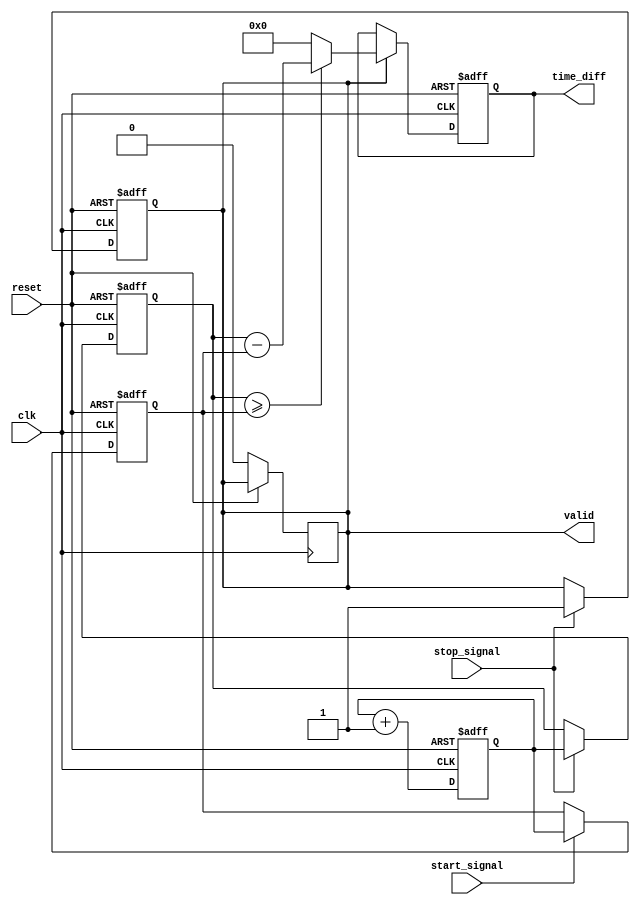
module Hybrid_TDC (
    input wire clk,              // System clock
    input wire reset,            // Asynchronous reset
    input wire start_signal,     // Start signal
    input wire stop_signal,      // Stop signal
    output reg [31:0] time_diff, // Time difference output
    output reg valid             // Valid flag for output
);

// Time Measurement Unit (TMU)
reg [31:0] start_time;          // Start time
reg [31:0] stop_time;           // Stop time
reg [31:0] timestamp_counter;    // Timestamp counter

always @(posedge clk or posedge reset) begin
    if (reset) begin
        timestamp_counter <= 32'd0;
        start_time <= 32'd0;
        stop_time <= 32'd0;
        valid <= 1'b0;
    end else begin
        // Timestamp counter increments on each clock cycle
        timestamp_counter <= timestamp_counter + 1;

        // Capture start time on rising edge of start_signal
        if (start_signal) begin
            start_time <= timestamp_counter;
        end
        
        // Capture stop time on rising edge of stop_signal
        if (stop_signal) begin
            stop_time <= timestamp_counter;
            valid <= 1'b1; // Set valid flag when stop time is captured
        end
    end
end

// Digital Processing Unit (DPU)
always @(posedge clk or posedge reset) begin
    if (reset) begin
        time_diff <= 32'd0;
    end else if (valid) begin
        // Calculate time difference
        if (stop_time >= start_time) begin
            time_diff <= stop_time - start_time;
        end else begin
            time_diff <= 32'd0; // Handle underflow if needed
        end
        valid <= 1'b0; // Reset valid flag after processing
    end
end

endmodule